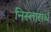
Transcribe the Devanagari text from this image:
निस्तारार्थ